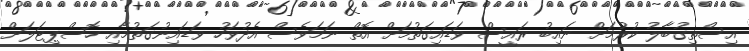
އިސްތިގުބާލު ކުރުމަށް ނައިބު ރައީސް ވަޑައިގަތުމަށް އޮތް ނަމަވެސް އެދުވަހު ވަޑައިނުގަތުމާއި ހޮސްޕިޓަލަށް